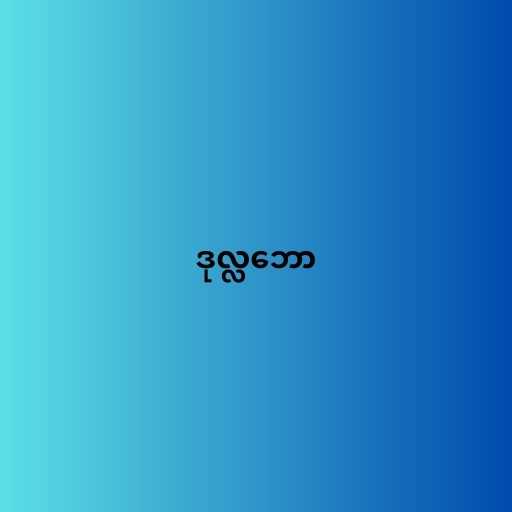
ဒုလ္လဘော